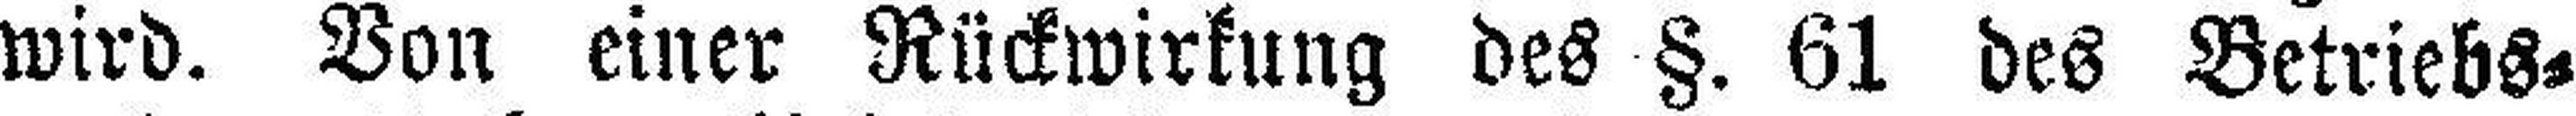
wird. Von einer Rückwirkung des §. 61 des Betriebs¬